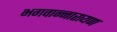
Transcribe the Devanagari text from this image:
भगवान्नारायण